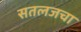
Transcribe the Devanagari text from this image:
सतलजचा